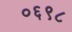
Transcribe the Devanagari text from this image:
०६९८